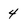
Character: 4